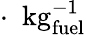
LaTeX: \cdot\ \ {\mathrm{kg}_{\mathrm{fuel}}^{-1}}